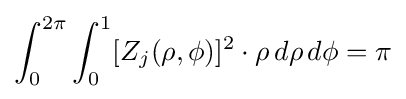
\int _{0}^{2\pi }\int _{0}^{1}[Z_{j}(\rho ,\phi )]^{2}\cdot \rho \,d\rho \,d\phi =\pi